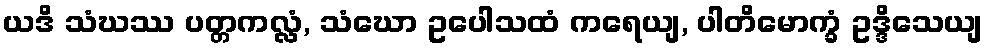
ယဒိ သံဃဿ ပတ္တကလ္လံ, သံဃော ဥပေါသထံ ကရေယျ, ပါတိမောက္ခံ ဥဒ္ဒိသေယျ